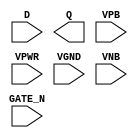
module sky130_fd_sc_ls__dlxtn (
    //# {{data|Data Signals}}
    input  D     ,
    output Q     ,

    //# {{clocks|Clocking}}
    input  GATE_N,

    //# {{power|Power}}
    input  VPB   ,
    input  VPWR  ,
    input  VGND  ,
    input  VNB
);
endmodule